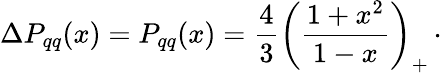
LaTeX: \Delta P_{qq}(x)=P_{qq}(x)={\frac{4}{3}}\left({\frac{1+x^{2}}{1-x}}\right)_{+}\, \cdot